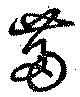
箒